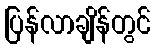
ပြန်လာချိန်တွင်